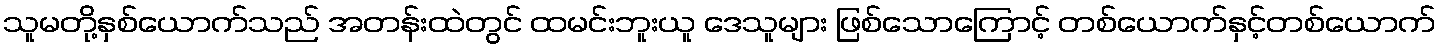
သူမတို့နှစ်ယောက်သည် အတန်းထဲတွင် ထမင်းဘူးယူ ဒေသူများ ဖြစ်သောကြောင့် တစ်ယောက်နှင့်တစ်ယောက်